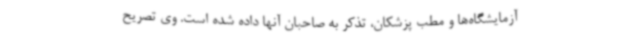
آزمایشگاه‌ها و مطب پزشکان، تذکر به صاحبان آنها داده شده است. وی تصریح